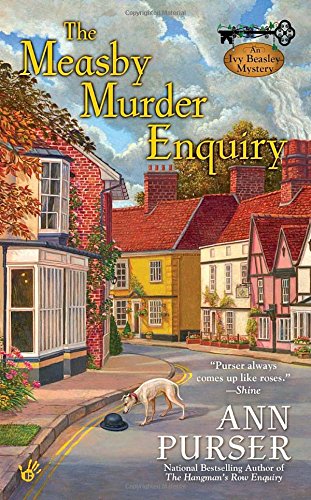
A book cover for The Measby Murder Enquiry (Ivy Beasley); Ann Purser; Mystery, Thriller & Suspense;